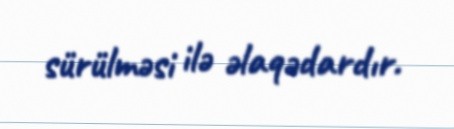
sürülməsi ilə əlaqədardır.